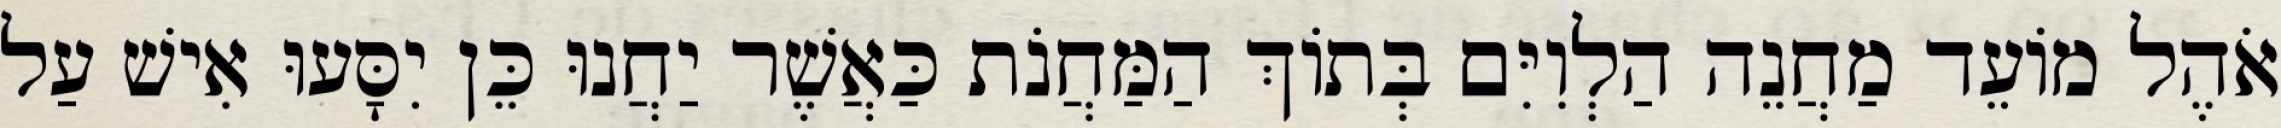
אֹהֶל מוֹעֵד מַחֲנֵה הַלְוִיִּם בְּתוֹךְ הַמַּחֲנֹת כַּאֲשֶׁר יַחֲנוּ כֵּן יִסָּעוּ אִישׁ עַל